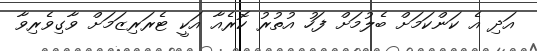
އަދި އެ ކަންކަމަށް ބެލުމަށް ފަހު އުތުރު ކޮރެއާ އަކީ ޓެރަރިޒަމަށް ވާގިވެރިވާ